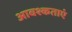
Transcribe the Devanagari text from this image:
आवश्कताएं